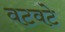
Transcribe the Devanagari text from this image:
वटवटे